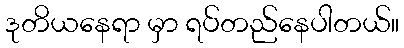
ဒုတိယနေရာ မှာ ရပ်တည်နေပါတယ်။